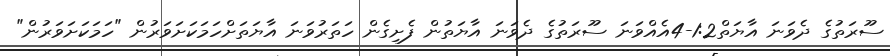
ސޫރަތުގެ ދެވަނަ އާޔަތް1:2-4އެއްވަނަ ސޫރަތުގެ ދެވަނަ އާޔަތުން ފެށިގެން ހަތަރުވަނަ އާޔަތަށްހަމަކަށަވަރުން "ހަމަކަށަވަރުން"